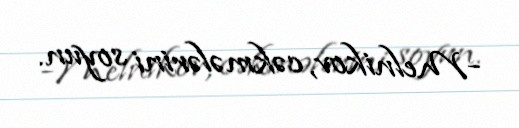
-Melnikov, cəkmələrini soyun.